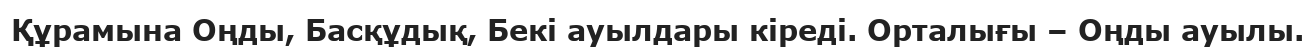
Құрамына Оңды, Басқұдық, Бекі ауылдары кіреді. Орталығы – Оңды ауылы.